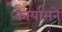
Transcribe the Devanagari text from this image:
कार्यासने